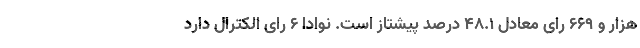
هزار و ۶۶۹ رای معادل ۴۸.۱ درصد پیشتاز است. نوادا ۶ رای الکترال دارد